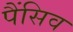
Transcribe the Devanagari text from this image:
पैंसिव